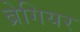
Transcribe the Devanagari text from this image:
ब्रेगियर